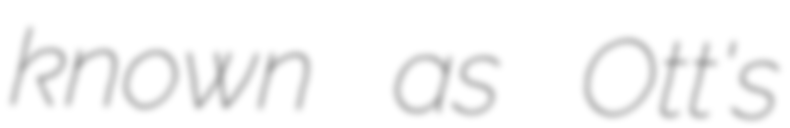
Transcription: known as Ott's